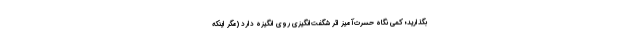
بگذارید؛ کمی نگاه حسرت‌آمیز اثر شگفت‌انگیزی روی انگیزه دارد (مگر اینکه